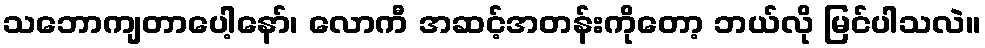
သဘောကျတာပေါ့နော်၊ လောကီ အဆင့်အတန်းကိုတော့ ဘယ်လို မြင်ပါသလဲ။